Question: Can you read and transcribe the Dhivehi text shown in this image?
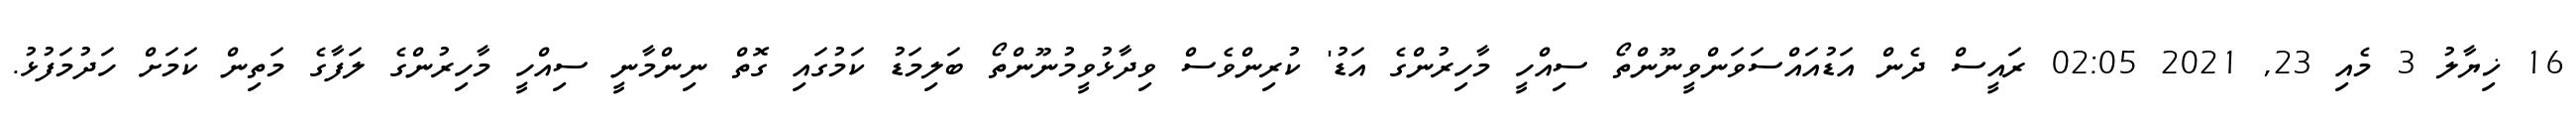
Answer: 16 ޚިޔާލު 3 މެއި 23, 2021 02:05 ރައީސް ދެން އަޑުއައްސަވަންވީނޫންތޯ ސިއްހީ މާހިރުންގެ އަޑު' ކުރިންވެސް ވިދާޅުވީމުނޫންތޯ ބަލިމަޑު ކަމުގައި ގޮތް ނިންމާނީ ސިއްހީ މާހިރުންގެ ލަފާގެ މަތިން ކަމަށް ހަދުމަފުޅު.